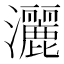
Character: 灑